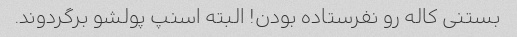
بستنی کاله رو نفرستاده بودن! البته اسنپ پولشو برگردوند.